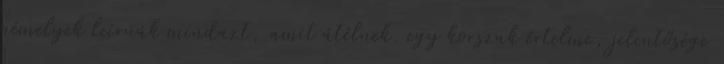
némelyek leírnák mindazt, amit átélnek. egy korszak értelme, jelentősége